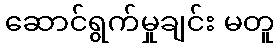
ဆောင်ရွက်မှုချင်း မတူ